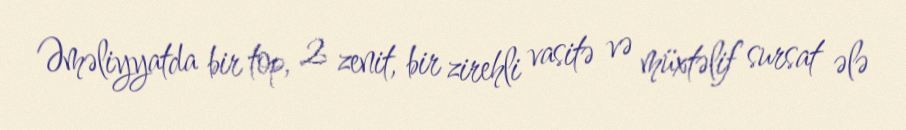
Əməliyyatda bir top, 2 zenit, bir zirehli vasitə və müxtəlif sursat ələ